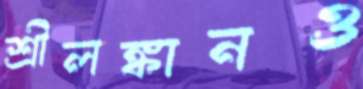
শ্রীলঙ্কানও